Report on sanitation, dispensaries, and jails in Rajputana for 1913, and on vaccination for the year 1913-1914 - 1913-1914
Year: 1913
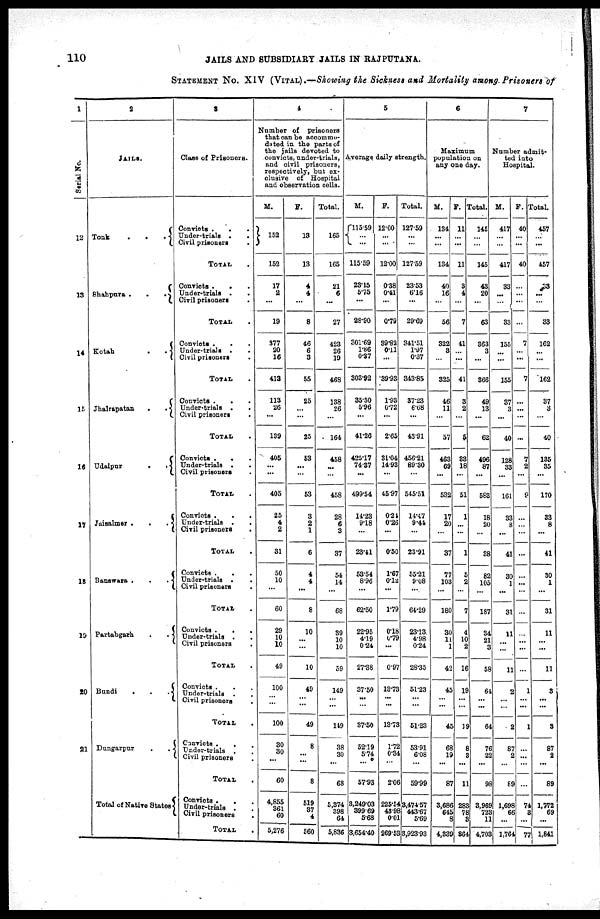
110
JAILS AND SUBSIDIARY JAILS IN RAJPUTANA.
STATEMENT No. XIV (VITAL).—Showing the Sickness and Mortality among Prisoners of
1
Serial No.
12
13
14
15
16
17
18
19
20
21
2
JAILS.
Tonk
.
.
.
Shahpura .
.
.
Kotah
.
Jhalrapatan
.
.
Udaipur
.
.
Jaisalmer .
.
.
Banswara .
.
.
Partabgarh
.
.
Bundi
.
.
.
Dungarpur
.
.
Total of Native States
3
Class of Prisoners.
Convicts .
.
.
Under-trials . .
Civil prisoners .
TOTAL .
Convicts .
. .
Under-trials . .
Civil prisoners .
TOTAL .
Convicts .
. .
Under- trials . .
Civil prisoners .
TOTAL .
Convicts . . .
Under-trials . .
Civil prisoners
TOTAL .
Convicts .
. .
Under-trials . .
Civil prisoners
TOTAL .
Convicts .
. .
Under-trials . .
Civil prisoners .
TOTAL .
Convicts .
.
.
Under-trials . .
Civil prisoners .
TOTAL .
Convicts .
. .
Under-trials .
Civil prisoners .
TOTAL .
Convicts .
. .
Under-trials . .
Civil prisoners .
TOTAL .
Convicts .
. .
Under-trials . .
Civil prisoners .
TOTAL .
Convicts . . .
Under-trial . .
Civil prisoners .
TOTAL .
4
Number of prisoners
that can be accommo-
dated in the parts of
the jails devoted to
convicts, under-trials,
and civil prisoners,
respectively, but ex-
clusive of Hospital
and observation cells.
M.
152
152
17
2
...
19
377
20
16
413
113
26
...
139
405
...
...
405
25
4
2
31
50
10
...
60
29
10
10
49
100
...
...
100
30
30
...
60
4,855
361
60
5,276
F.
13
13
4
4
...
8
46
6
3
55
25
...
...
25
53
...
...
53
3
2
1
6
4
4
...
8
10
...
...
10
49
...
...
49
8
...
...
8
519
37
4
560
Total.
165
165
21
6
...
27
423
26
19
468
138
26
...
164
458
...
...
458
28
6
3
37
54
14
...
68
39
10
10
59
149
...
...
119
38
30
...
68
5,374
398
64
5,836
5
Average daily strength.
M.
115.59
...
...
115.59
23.15
5.75
...
28.90
301.69
1.86
0.37
303.92
35.30
5.96
...
41.26
425.17
74.37
...
499.54
14.23
9.18
...
23.41
53.54
8.96
...
62.50
22.95
4.19
0.24
27.38
37.50
...
...
37.50
52.19
5.74
...
57.93
3,249.03
399.69
5.68
3,654.40
F.
12.00
...
...
12.00
0.38
0.41
...
0.79
39.82
0.11
...
39.93
1.93
0.72
...
2.65
31.04
14.93
...
45.97
0.21
0.26
...
0.50
1.67
0.12
...
1.79
0.18
0.79
...
0.97
13.73
...
...
13.73
1.72
0.34
...
2.06
225.54
43.98
0.01
269.53
Total.
127.59
...
...
127.59
23.53
6.16
...
29.69
341.51
1.97
0.37
343.85
37.23
6.68
...
43.91
456.21
89.30
...
545.51
14.47
9.44
...
23.91
55.21
9.08
...
64.29
23.13
4.98
0.24
28.35
51.23
...
...
51.23
53.91
6.08
...
59.99
3,474.57
443.67
5.69
8,923.93
6
Maximum
population on
any one day.
M.
134
...
...
134
40
16
...
56
322
3
...
325
46
11
...
57
463
69
...
532
17
20
...
37
77
103
...
180
30
11
1
42
45
...
...
45
68
19
...
87
3,686
645
8
4,339
F.
11
...
...
11
3
4
...
7
41
...
...
41
3
2
...
5
33
18
...
51
1
...
...
1
5
2
...
7
4
10
2
16
19
...
...
19
8
3
...
11
283
78
8
864
Total.
145
...
...
145
43
20
...
63
363
3
...
366
49
13
...
62
496
87
...
583
18
20
...
38
82
105
...
187
34
21
3
58
64
...
...
64
76
22
...
98
3,969
723
11
4,703
7
Number admit-
ted into
Hospital.
M.
417
...
...
417
33
...
...
33
155
...
...
155
37
3
...
40
128
33
...
161
33
...
...
41
30
1
...
31
11
...
...
11
2
...
...
2
87
2
...
89
1,698
66
...
1,764
F.
40
...
...
40
...
...
...
...
7
...
...
7
...
...
...
...
7
2
...
9
...
...
...
...
...
...
...
...
...
...
...
...
1
...
...
1
...
...
...
...
74
3
...
77
Total.
457
...
...
457
33
...
...
33
162
...
...
162
37
3
...
40
135
35
...
170
33
8
...
41
30
1
...
31
11
...
...
11
3
...
...
3
87
2
...
89
1,772
69
...
1,841